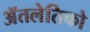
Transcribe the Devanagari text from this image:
ॲतलेतिको